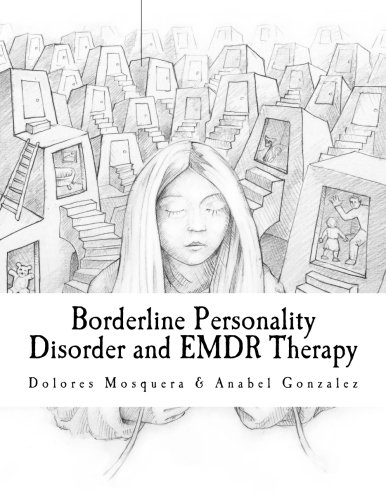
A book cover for Borderline Personality Disorder and EMDR Therapy; Dolores Mosquera; Health, Fitness & Dieting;